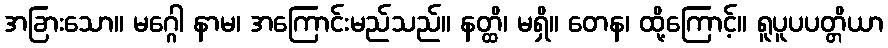
အခြားသော။ မဂ္ဂေါ နာမ၊ အကြောင်းမည်သည်။ နတ္ထိ၊ မရှိ။ တေန၊ ထို့ကြောင့်။ ရူပူပပတ္တိယာ